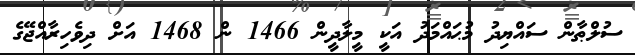
ސުލްޠާން ސައްޔިދު މުޙައްމަދު އަކީ މީލާދީން 1466 ން 1468 އަށް ދިވެހިރާއްޖޭގެ